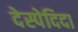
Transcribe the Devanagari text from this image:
देस्पेदिदा